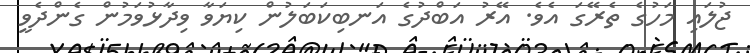
ޖުލައި މަހުގެ ތެރޭގަ އެވެ. އޭރު އަބްދުގެ އަނބިކަބަލުން ކިޔަވާ ވިދާޅުވަމުން ގެންދެވީ